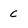
Character: c